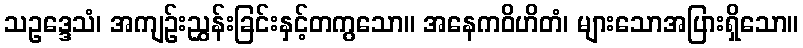
သဥဒ္ဒေသံ၊ အကျဉ်းညွှန်းခြင်းနှင့်တကွသော။ အနေကဝိဟိတံ၊ များသောအပြားရှိသော။